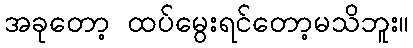
အခုတော့ ထပ်မွေးရင်တော့မသိဘူး။